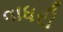
વાધરી